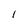
Character: 1